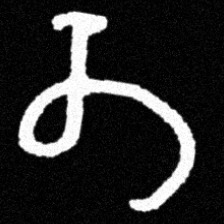
Pyu character \u2014 Myanmar letter: တ (romanized: ta)